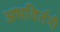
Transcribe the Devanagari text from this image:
अभविर्तनी